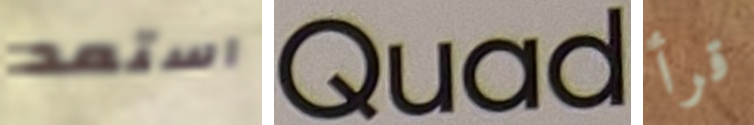
استعد Quad قرأ